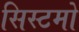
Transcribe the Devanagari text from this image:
सिस्टमो